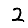
Digit: 2